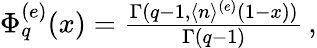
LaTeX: \begin{array}{r}{\Phi_{q}^{(e)}(x)=\frac{\Gamma(q-1,\langle n\rangle^{(e)}(1-x))}{\Gamma(q-1)}\, ,}\end{array}